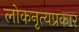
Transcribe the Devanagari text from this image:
लोकनृत्यप्रकार